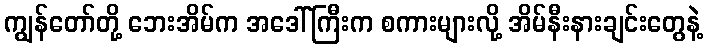
ကျွန်တော်တို့ ဘေးအိမ်က အဒေါ်ကြီးက စကားများလို့ အိမ်နီးနားချင်းတွေနဲ့